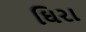
ઘિરા